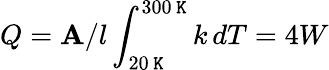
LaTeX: Q=\mathbf{A}/l\int_{20\, \mathtt{K}}^{300\, \mathtt{K}}k\, dT=4W